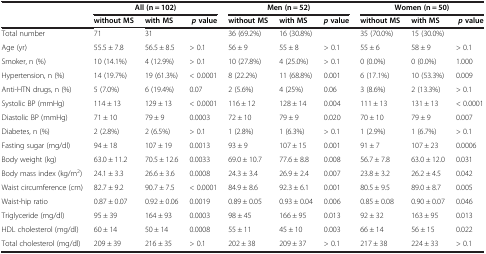
<table><thead><tr><td><b> </b></td><td colspan="3"><b>All (n = 102)</b></td><td colspan="3"><b>Men (n = 52)</b></td><td colspan="3"><b>Women (n = 50)</b></td></tr><tr><td><b> </b></td><td><b>without MS</b></td><td><b>with MS</b></td><td><b><i>p </i>value</b></td><td><b>without MS</b></td><td><b>with MS</b></td><td><b><i>p </i>value</b></td><td><b>without MS</b></td><td><b>with MS</b></td><td><b><i>p </i>value</b></td></tr></thead><tbody><tr><td>Total number</td><td>71</td><td>31</td><td> </td><td>36 (69.2%)</td><td>16 (30.8%)</td><td> </td><td>35 (70.0%)</td><td>15 (30.0%)</td><td> </td></tr><tr><td>Age (yr)</td><td>55.5 ± 7.8</td><td>56.5 ± 8.5</td><td>&gt; 0.1</td><td>56 ± 9</td><td>55 ± 8</td><td>&gt; 0.1</td><td>55 ± 6</td><td>58 ± 9</td><td>&gt; 0.1</td></tr><tr><td>Smoker, n (%)</td><td>10 (14.1%)</td><td>4 (12.9%)</td><td>&gt; 0.1</td><td>10 (27.8%)</td><td>4 (25.0%)</td><td>&gt; 0.1</td><td>0 (0.0%)</td><td>0 (0.0%)</td><td>1.000</td></tr><tr><td>Hypertension, n (%)</td><td>14 (19.7%)</td><td>19 (61.3%)</td><td>&lt; 0.0001</td><td>8 (22.2%)</td><td>11 (68.8%)</td><td>0.001</td><td>6 (17.1%)</td><td>10 (53.3%)</td><td>0.009</td></tr><tr><td>Anti-HTN drugs, n (%)</td><td>5 (7.0%)</td><td>6 (19.4%)</td><td>0.07</td><td>2 (5.6%)</td><td>4 (25%)</td><td>0.06</td><td>3 (8.6%)</td><td>2 (13.3%)</td><td>&gt; 0.1</td></tr><tr><td>Systolic BP (mmHg)</td><td>114 ± 13</td><td>129 ± 13</td><td>&lt; 0.0001</td><td>116 ± 12</td><td>128 ± 14</td><td>0.004</td><td>111 ± 13</td><td>131 ± 13</td><td>&lt; 0.0001</td></tr><tr><td>Diastolic BP (mmHg)</td><td>71 ± 10</td><td>79 ± 9</td><td>0.0003</td><td>72 ± 10</td><td>79 ± 9</td><td>0.020</td><td>70 ± 10</td><td>79 ± 9</td><td>0.007</td></tr><tr><td>Diabetes, n (%)</td><td>2 (2.8%)</td><td>2 (6.5%)</td><td>&gt; 0.1</td><td>1 (2.8%)</td><td>1 (6.3%)</td><td>&gt; 0.1</td><td>1 (2.9%)</td><td>1 (6.7%)</td><td>&gt; 0.1</td></tr><tr><td>Fasting sugar (mg/dl)</td><td>94 ± 18</td><td>107 ± 19</td><td>0.0013</td><td>93 ± 9</td><td>107 ± 15</td><td>0.001</td><td>91 ± 7</td><td>107 ± 23</td><td>0.0006</td></tr><tr><td>Body weight (kg)</td><td>63.0 ± 11.2</td><td>70.5 ± 12.6</td><td>0.0033</td><td>69.0 ± 10.7</td><td>77.6 ± 8.8</td><td>0.008</td><td>56.7 ± 7.8</td><td>63.0 ± 12.0</td><td>0.031</td></tr><tr><td>Body mass index (kg/m<sup>2</sup>)</td><td>24.1 ± 3.3</td><td>26.6 ± 3.6</td><td>0.0008</td><td>24.3 ± 3.4</td><td>26.9 ± 2.4</td><td>0.007</td><td>23.8 ± 3.2</td><td>26.2 ± 4.5</td><td>0.042</td></tr><tr><td>Waist circumference (cm)</td><td>82.7 ± 9.2</td><td>90.7 ± 7.5</td><td>&lt; 0.0001</td><td>84.9 ± 8.6</td><td>92.3 ± 6.1</td><td>0.001</td><td>80.5 ± 9.5</td><td>89.0 ± 8.7</td><td>0.005</td></tr><tr><td>Waist-hip ratio</td><td>0.87 ± 0.07</td><td>0.92 ± 0.06</td><td>0.0019</td><td>0.89 ± 0.05</td><td>0.93 ± 0.04</td><td>0.006</td><td>0.85 ± 0.08</td><td>0.90 ± 0.07</td><td>0.046</td></tr><tr><td>Triglyceride (mg/dl)</td><td>95 ± 39</td><td>164 ± 93</td><td>0.0003</td><td>98 ± 45</td><td>166 ± 95</td><td>0.013</td><td>92 ± 32</td><td>163 ± 95</td><td>0.013</td></tr><tr><td>HDL cholesterol (mg/dl)</td><td>60 ± 14</td><td>50 ± 14</td><td>0.0008</td><td>55 ± 11</td><td>45 ± 10</td><td>0.003</td><td>66 ± 14</td><td>56 ± 15</td><td>0.022</td></tr><tr><td>Total cholesterol (mg/dl)</td><td>209 ± 39</td><td>216 ± 35</td><td>&gt; 0.1</td><td>202 ± 38</td><td>209 ± 37</td><td>&gt; 0.1</td><td>217 ± 38</td><td>224 ± 33</td><td>&gt; 0.1</td></tr></tbody></table>